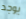
يوجد